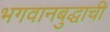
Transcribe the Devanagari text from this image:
भगवानबुद्धाची